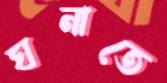
ঘনাতে